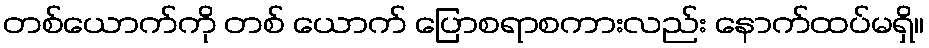
တစ်ယောက်ကို တစ် ယောက် ပြောစရာစကားလည်း နောက်ထပ်မရှိ။